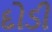
દોડી